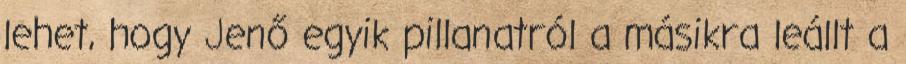
lehet, hogy Jenő egyik pillanatról a másikra leállt a